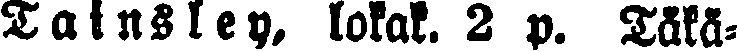
Tainsley, lokak. 2 p. Täkä-